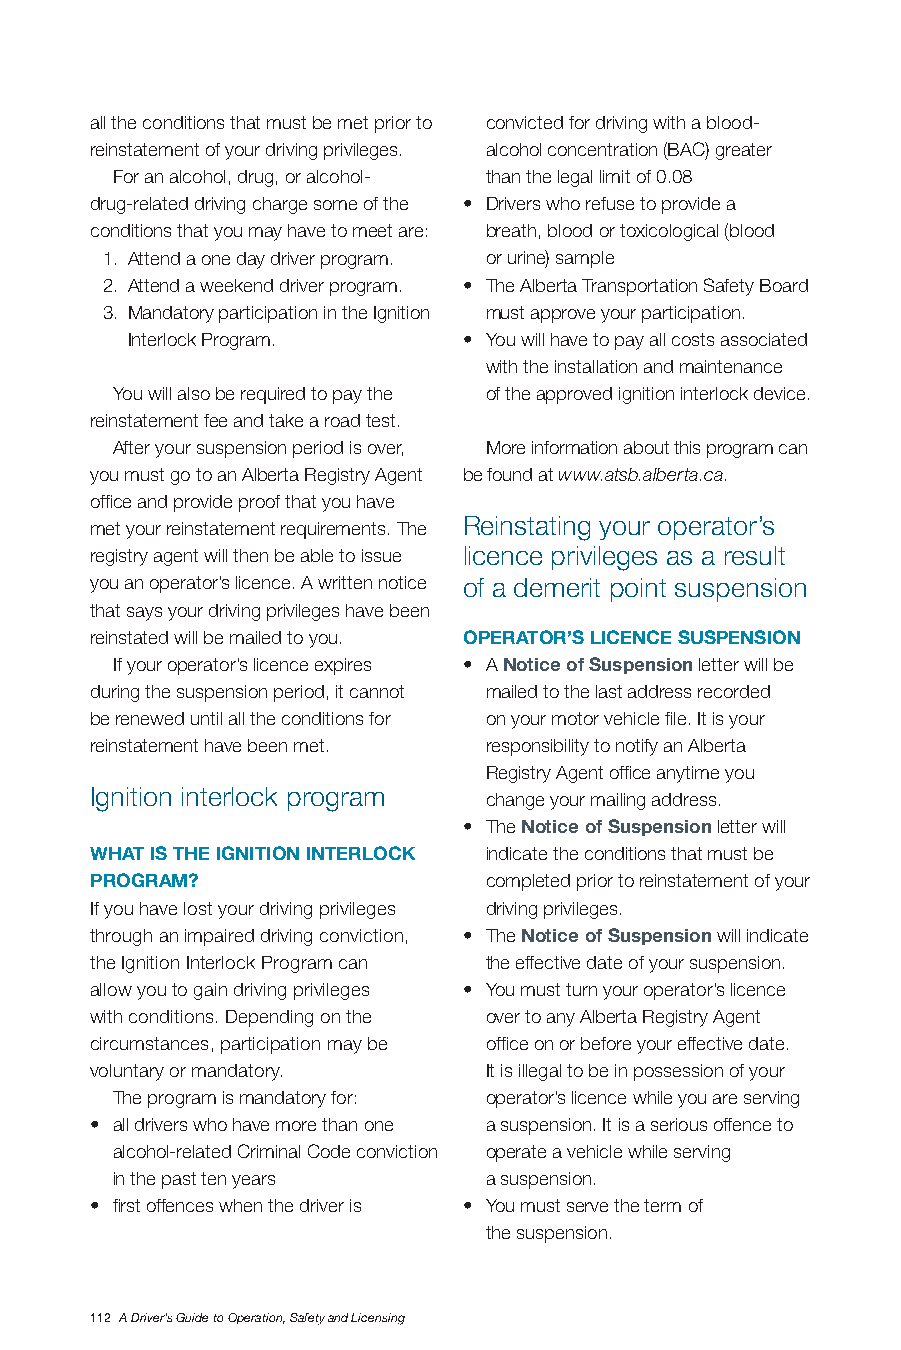
all the conditions that must be met prior to convicted for driving with a blood-
 reinstatement of your driving privileges. alcohol concentration (BAC) greater
 For an alcohol, drug, or alcohol- than the legal limit of 0.08
 drug-related driving charge some of the • Drivers who refuse to provide a
 conditions that you may have to meet are: breath, blood or toxicological (blood
 1. Attend a one day driver program. or urine) sample
 2. Attend a weekend driver program. • The Alberta Transportation Safety Board
 3. Mandatory participation in the Ignition must approve your participation.
 Interlock Program.     • You will have to pay all costs associated
 with the installation and maintenance
 You will also be required to pay the of the approved ignition interlock device.
 reinstatement fee and take a road test.
 After your suspension period is over, More information about this program can
 you must go to an Alberta Registry Agent be found at www.atsb.alberta.ca.
 office and provide proof that you have
 Reinstating your operator’s
 met your reinstatement requirements. The
 registry agent will then be able to issue licence privileges as a result
 you an operator’s licence. A written notice of a demerit point suspension
 that says your driving privileges have been
 reinstated will be mailed to you. opERAToR’S LICEnCE SUSpEnSIon
 If your operator’s licence expires • A notice of Suspension letter will be
 during the suspension period, it cannot mailed to the last address recorded
 be renewed until all the conditions for on your motor vehicle file. It is your
 reinstatement have been met. responsibility to notify an Alberta
 Registry Agent office anytime you
 Ignition interlock program
 change your mailing address.
 • The notice of Suspension letter will
 wHAT IS THE IGnITIon InTERLoCK indicate the conditions that must be
 pRoGRAm?                  completed prior to reinstatement of your
 If you have lost your driving privileges driving privileges.
 through an impaired driving conviction, • The notice of Suspension will indicate
 the Ignition Interlock Program can the effective date of your suspension.
 allow you to gain driving privileges • You must turn your operator’s licence
 with conditions. Depending on the over to any Alberta Registry Agent
 circumstances, participation may be office on or before your effective date.
 voluntary or mandatory.   It is illegal to be in possession of your
 The program is mandatory for: operator’s licence while you are serving
 • all drivers who have more than one a suspension. It is a serious offence to
 alcohol-related Criminal Code conviction operate a vehicle while serving
 in the past ten years    a suspension.
 • first offences when the driver is • You must serve the term of
 the suspension.
 112 A Driver’s Guide to Operation, Safety and Licensing